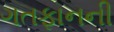
ગતફાનની